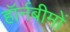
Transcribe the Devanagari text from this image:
हॉर्नबीमों